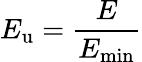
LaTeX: E_{\mathrm{u}}=\frac{E}{E_{\mathrm{min}}}